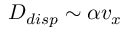
D _ { d i s p } \sim \alpha v _ { x }